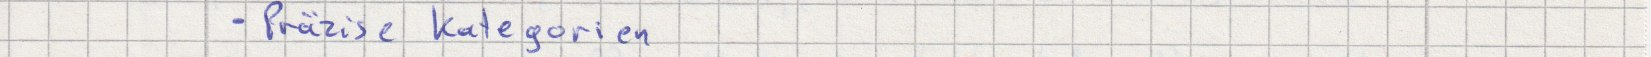
- Präzise Kategorien